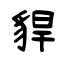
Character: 貋